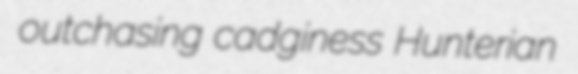
outchasing cadginess Hunterian